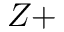
Z +